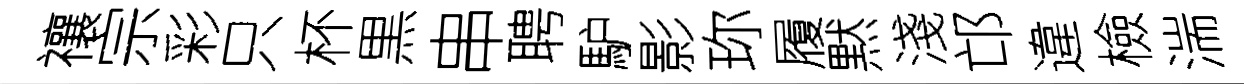
禳宗彩只杯黒串聘馿影珎履黙淺邙違檢湍